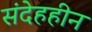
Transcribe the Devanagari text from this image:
संदेहहीन